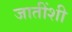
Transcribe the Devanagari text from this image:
जातींशी